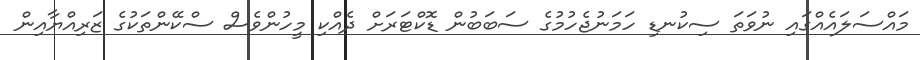
މައްސަލައެއްގައި ނުވަތަ ސިކުނޑި ހަމަނުޖެހުމުގެ ސަބަބުން ޑޮކްޓަރަށް ދެއްކި މީހުންވެސް ސްކޭންތަކުގެ ޒަރިއްޔާއިން